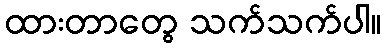
ထားတာတွေ သက်သက်ပါ။